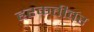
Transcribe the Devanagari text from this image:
हरकतीवर